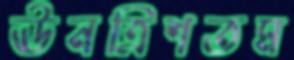
ঊনত্রিশতম